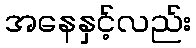
အနေနှင့်လည်း